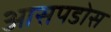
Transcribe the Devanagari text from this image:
आसपडोस